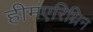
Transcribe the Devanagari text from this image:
हीमएरिथ्रिन